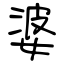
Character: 婆